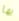
بها